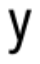
y